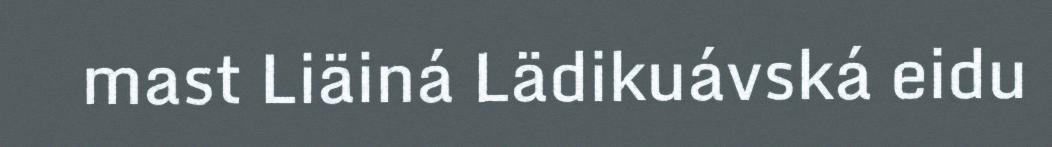
mast Liäiná Lädikuávská eidu